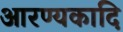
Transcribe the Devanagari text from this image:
आरण्यकादि